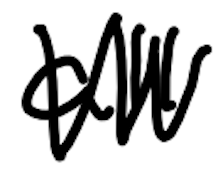
Text: all
Cross-out: zig-zag
Writing tool: digital_black